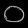
Digit: ၀